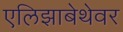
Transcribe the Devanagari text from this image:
एलिझाबेथेवर